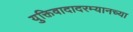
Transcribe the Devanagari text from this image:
युक्तिवादादरम्यानच्या